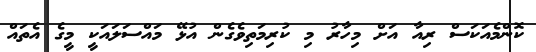
ކޮންމެއަކަސް ރިއާ އަށް މިހާރު މި ކުރިމަތިވެގެން އުޅޭ މައްސަލައަކީ މީގެ އެތައް